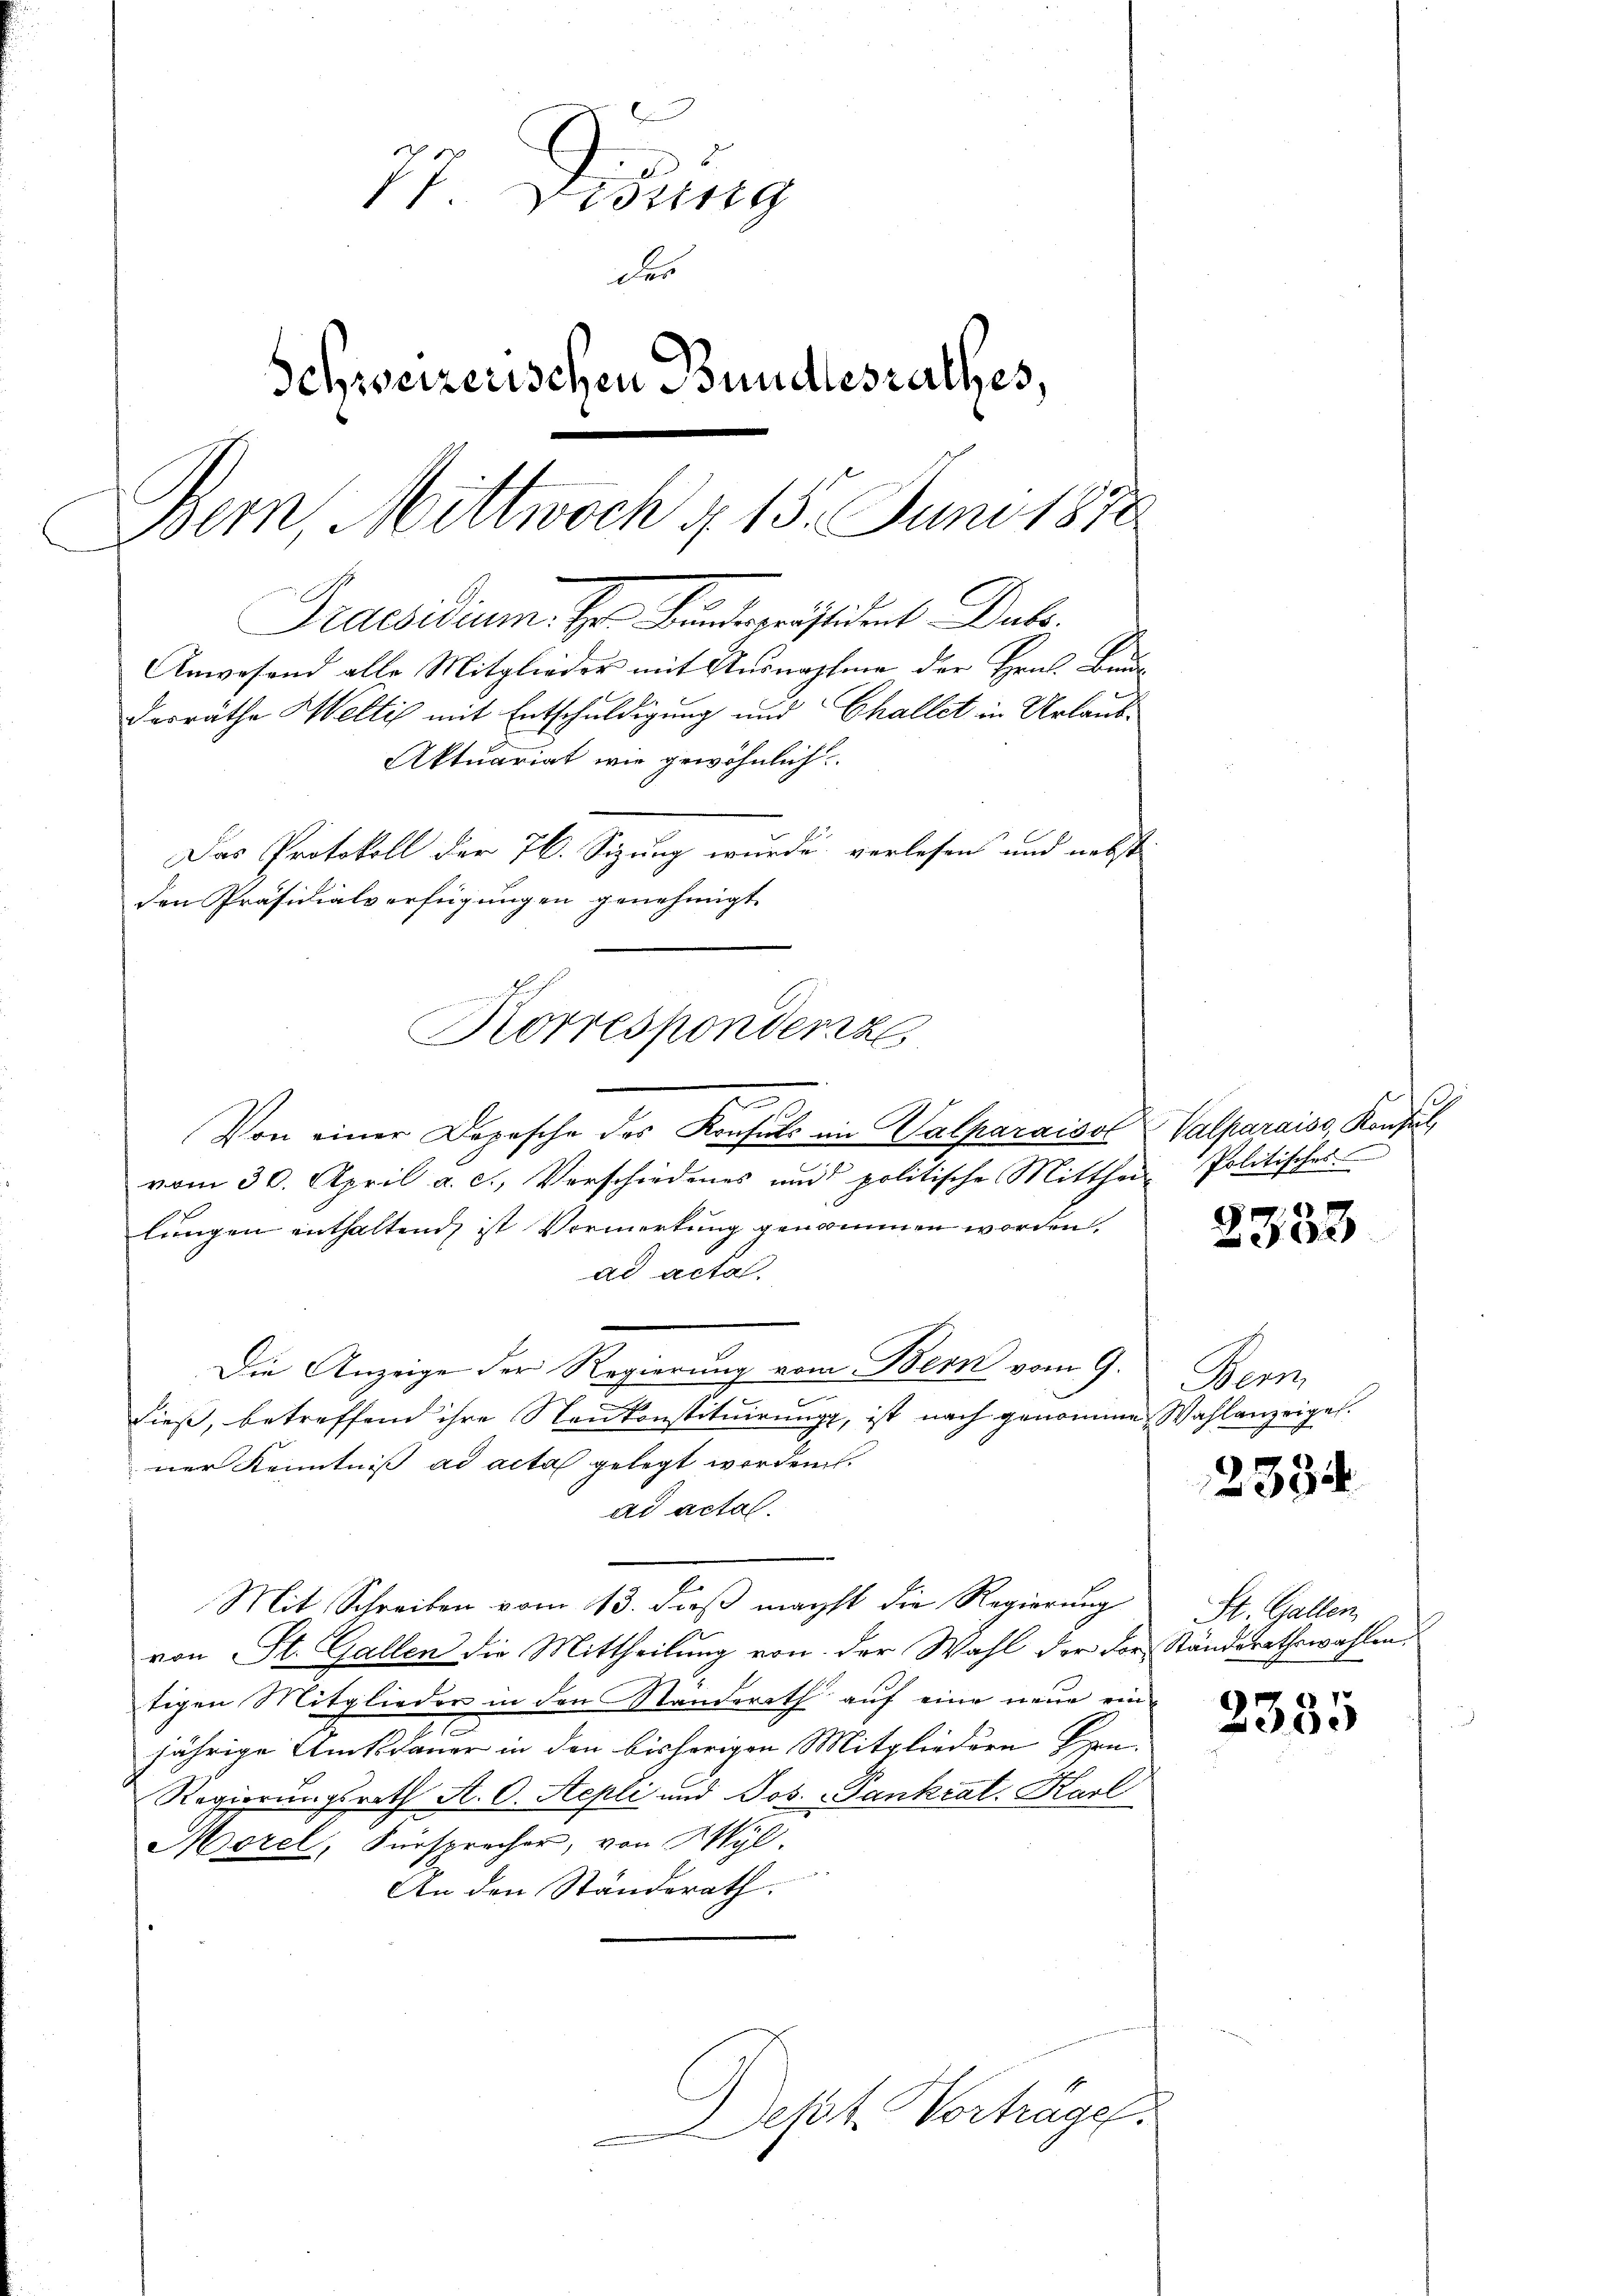
77. Dessing
der
Schweizerischen Bundesrathes,
Bern, Mittwoch § 15. Juni 1870
Praesidium. Hr. Kantoräsident Dat
Anwesend alle Mitglieder mit Ausnahme der Hrn. Bau¬
Dasräthe Welti mit Entschuldigung und Challet in Urlaub¬
Aktuariat wie gewöhnlich
Das Protokoll der 76. Sizung wurde verlesen und nebst
den Präsidialverfügungen genehmigt.

Von einer Depesche des Konsuls in Valparaisol
vom 30. April a. c., Verschiedenes und politische Mitthei- Politischer
lungen enthaltend, ist Vormerkung genommen worden.
ad acta.
Die Anzeige der Regierung vom Bern vom 9.
c
dieß, betreffend ihre Neukonstituirung, ist nach genomme Wahlanzeigel.
ner Kenntniß ad acta gelegt worden.
ad actal.
Mit Schreiben vom 13. daß magst die Regierung
von St. Gallen die Mittheilung von der Wahl der der Standsrathswahlen
tigen Mitglieder in den Standerath auf eine neue ein
jährige Amtsdauer in den bisherigen Mitgliedern Pern
Regierungsrath A. O. Aepli und Jos. Gankrat. Karl
Morel, Fürsprecher, von Wyl,
An den Ständerath.

Korresponderze

est. Vortrages.

Valparaiss, Konsul,

2333

Hern.

2334

St. Gallen,

2335